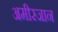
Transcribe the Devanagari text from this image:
अमीरजान